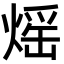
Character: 熎